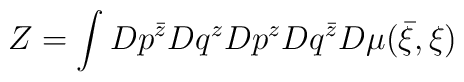
Z=\int Dp^{\bar z} Dq^z Dp^z Dq^{\bar z} D\mu({\bar\xi},\xi)